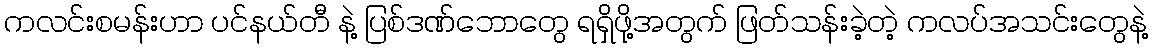
ကလင်းစမန်းဟာ ပင်နယ်တီ နဲ့ ပြစ်ဒဏ်ဘောတွေ ရရှိဖို့အတွက် ဖြတ်သန်းခဲ့တဲ့ ကလပ်အသင်းတွေနဲ့